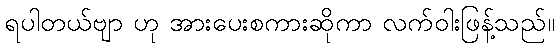
ရပါတယ်ဗျာ ဟု အားပေးစကားဆိုကာ လက်ဝါးဖြန့်သည်။